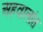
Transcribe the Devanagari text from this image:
अहवालांत